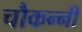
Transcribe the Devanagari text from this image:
चौकन्नी